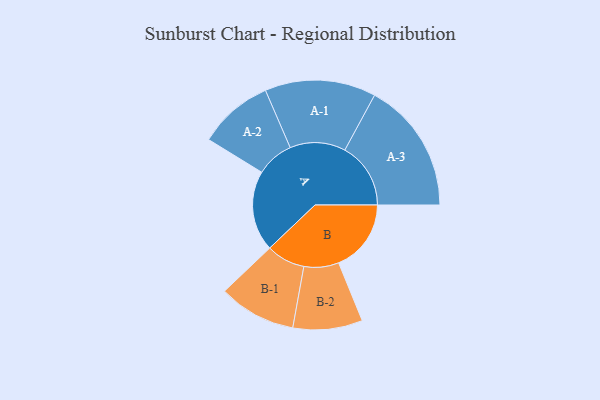
{"axis": {"x": "Segment", "y": "Value"}, "legend": ["", "A", "B"], "data": [{"x": "A", "y": 326, "type": ""}, {"x": "B", "y": 294, "type": ""}, {"x": "A-1", "y": 225, "type": "A"}, {"x": "A-2", "y": 152, "type": "A"}, {"x": "A-3", "y": 267, "type": "A"}, {"x": "B-1", "y": 157, "type": "B"}, {"x": "B-2", "y": 141, "type": "B"}]}